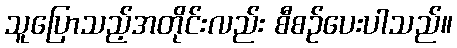
သူပြောသည့်အတိုင်းလည်း စီစဉ်ပေးပါသည်။